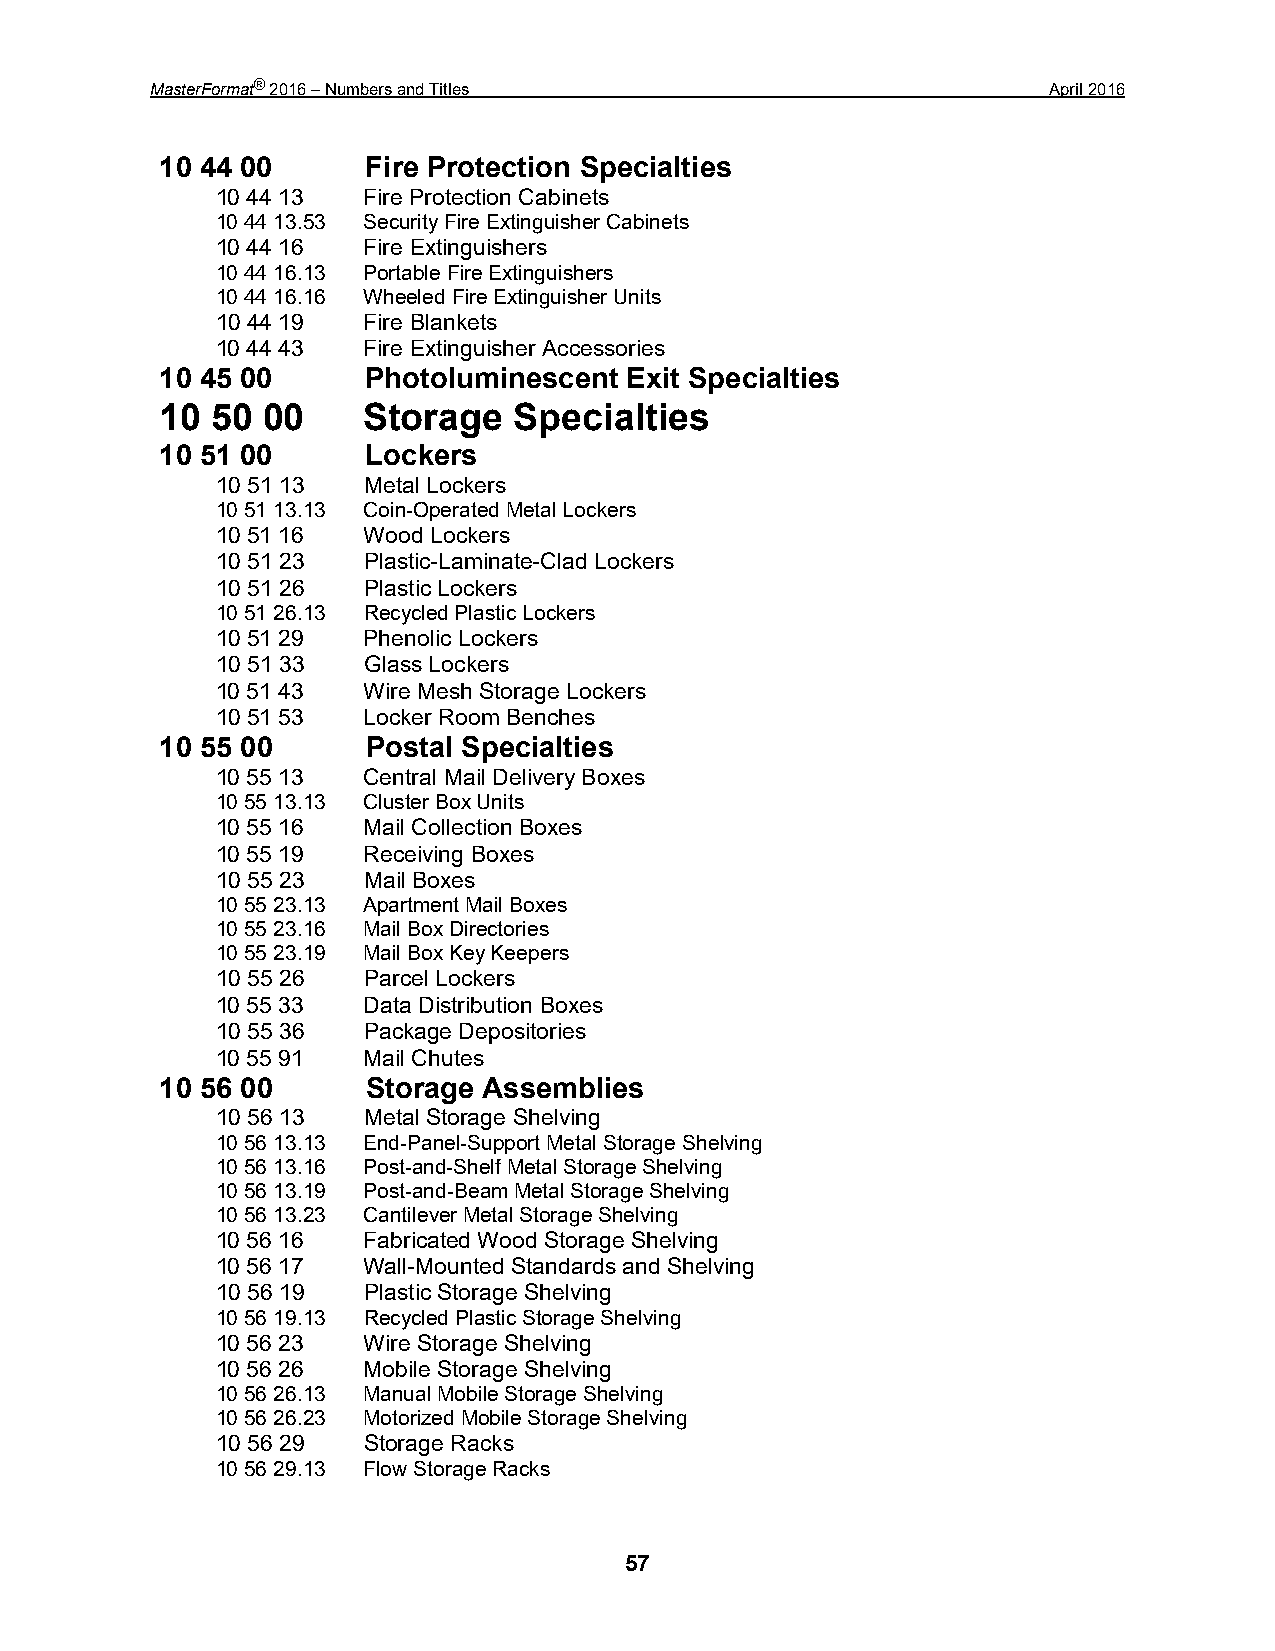
MasterFormat® 2016 – Numbers and Titles                     April 2016
 10 44 00     Fire Protection Specialties
 10 44 13  Fire Protection Cabinets
 10 44 13.53 Security Fire Extinguisher Cabinets
 10 44 16  Fire Extinguishers
 10 44 16.13 Portable Fire Extinguishers
 10 44 16.16 Wheeled Fire Extinguisher Units
 10 44 19  Fire Blankets
 10 44 43  Fire Extinguisher Accessories
 10 45 00     Photoluminescent Exit Specialties
 10 50 00     Storage   Specialties
 10 51 00     Lockers
 10 51 13  Metal Lockers
 10 51 13.13 Coin-Operated Metal Lockers
 10 51 16  Wood Lockers
 10 51 23  Plastic-Laminate-Clad Lockers
 10 51 26  Plastic Lockers
 10 51 26.13 Recycled Plastic Lockers
 10 51 29  Phenolic Lockers
 10 51 33  Glass Lockers
 10 51 43  Wire Mesh Storage Lockers
 10 51 53  Locker Room Benches
 10 55 00     Postal Specialties
 10 55 13  Central Mail Delivery Boxes
 10 55 13.13 Cluster Box Units
 10 55 16  Mail Collection Boxes
 10 55 19  Receiving Boxes
 10 55 23  Mail Boxes
 10 55 23.13 Apartment Mail Boxes
 10 55 23.16 Mail Box Directories
 10 55 23.19 Mail Box Key Keepers
 10 55 26  Parcel Lockers
 10 55 33  Data Distribution Boxes
 10 55 36  Package Depositories
 10 55 91  Mail Chutes
 10 56 00     Storage Assemblies
 10 56 13  Metal Storage Shelving
 10 56 13.13 End-Panel-Support Metal Storage Shelving
 10 56 13.16 Post-and-Shelf Metal Storage Shelving
 10 56 13.19 Post-and-Beam Metal Storage Shelving
 10 56 13.23 Cantilever Metal Storage Shelving
 10 56 16  Fabricated Wood Storage Shelving
 10 56 17  Wall-Mounted Standards and Shelving
 10 56 19  Plastic Storage Shelving
 10 56 19.13 Recycled Plastic Storage Shelving
 10 56 23  Wire Storage Shelving
 10 56 26  Mobile Storage Shelving
 10 56 26.13 Manual Mobile Storage Shelving
 10 56 26.23 Motorized Mobile Storage Shelving
 10 56 29  Storage Racks
 10 56 29.13 Flow Storage Racks
 57